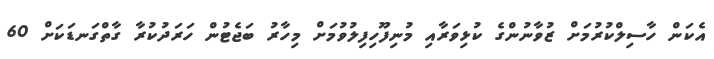
އެކަން ހާސިލްކުރުމަށް ޒުވާނުންގެ ކުޅިވަރާއި މުނިފޫހިފިލުވުމަށް މިހާރު ބަޖެޓުން ހަރަދުކުރާ ގާތްގަނޑަކަށް 60